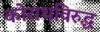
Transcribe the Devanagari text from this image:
कोराथविरुद्ध